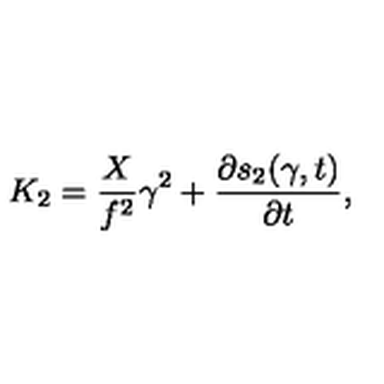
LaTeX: K _ { 2 } = \frac { X } { f ^ { 2 } } \gamma ^ { 2 } + \frac { \partial s _ { 2 } ( \gamma , t ) } { \partial t } ,